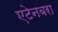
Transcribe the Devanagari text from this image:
एटेनबरा